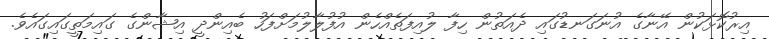
އިރުކޮޅަކުން އޭނާގެ އުނަގަނޑުގައި ދެއަތުން ހިފާ ލުއިފަތެއްހެން އުފުލާލުމަށްފަހު ބެއިންދީ އިޝާންގެ ގައިމަތީގައިގައެވެ.